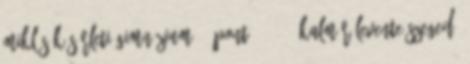
Miklós Kísérleti Gimnázium 17 pont; 56–60. Kalmár Levente Szeged,